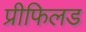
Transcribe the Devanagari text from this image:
प्रीफिलड